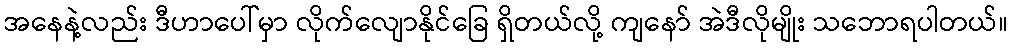
အနေနဲ့လည်း ဒီဟာပေါ်မှာ လိုက်လျောနိုင်ခြေ ရှိတယ်လို့ ကျနော် အဲဒီလိုမျိုး သဘောရပါတယ်။